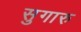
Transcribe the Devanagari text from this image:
सुगारु